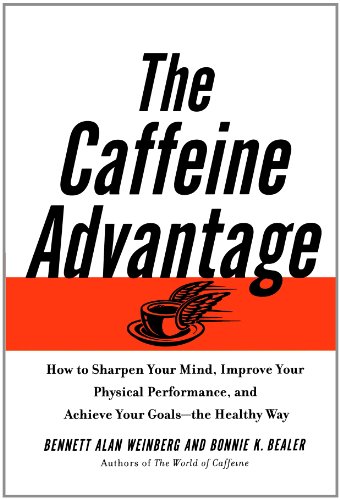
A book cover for The Caffeine Advantage: How to Sharpen Your Mind, Improve Your Physical Performance and Schieve Your Goals; Ph.D. Bennett Alan Weinberg Ph.D.; Health, Fitness & Dieting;